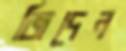
জিদেন